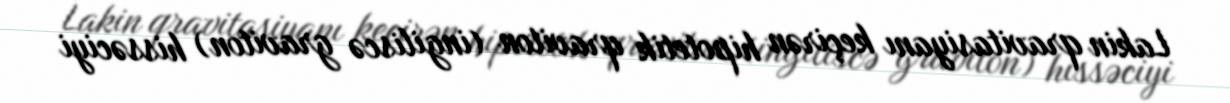
Lakin qravitasiyanı keçirən hipotetik qraviton (ingiliscə graviton) hissəciyi